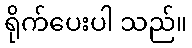
ရိုက်ပေးပါ သည်။